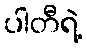
ပါတီရဲ့